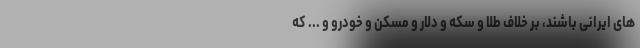
های ایرانی باشند، بر خلاف طلا و سکه و دلار و مسکن و خودرو و ... که